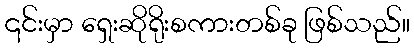
၎င်းမှာ ရှေးဆိုရိုးစကားတစ်ခု ဖြစ်သည်။